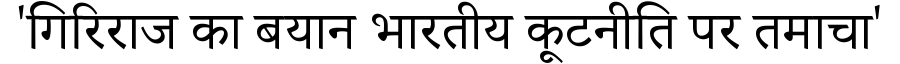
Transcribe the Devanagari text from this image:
'गिरिराज का बयान भारतीय कूटनीति पर तमाचा'